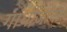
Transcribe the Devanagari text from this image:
गांधींजींनी